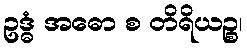
ဥဒ္ဓံ အဓော စ တိရိယဉ္စ၊